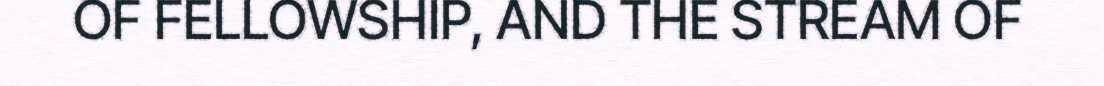
OF FELLOWSHIP, AND THE STREAM OF